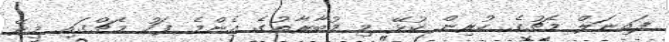
ފައިނަލް މެޗުގެ ކުރިން ކުޅޭ މި މުބާރާތުގެ އެންމެ ފަހު މެޗްގައި މިރޭ